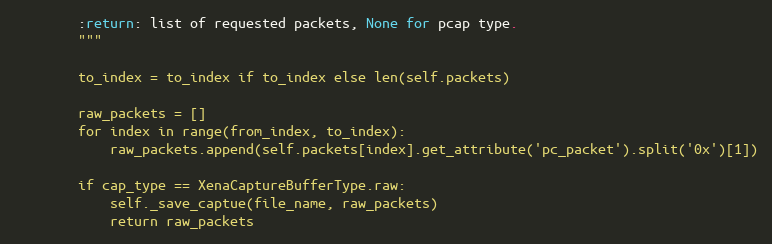
Language: Python
        :return: list of requested packets, None for pcap type.
        """

        to_index = to_index if to_index else len(self.packets)

        raw_packets = []
        for index in range(from_index, to_index):
            raw_packets.append(self.packets[index].get_attribute('pc_packet').split('0x')[1])

        if cap_type == XenaCaptureBufferType.raw:
            self._save_captue(file_name, raw_packets)
            return raw_packets